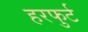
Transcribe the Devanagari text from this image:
हरफुर्ट